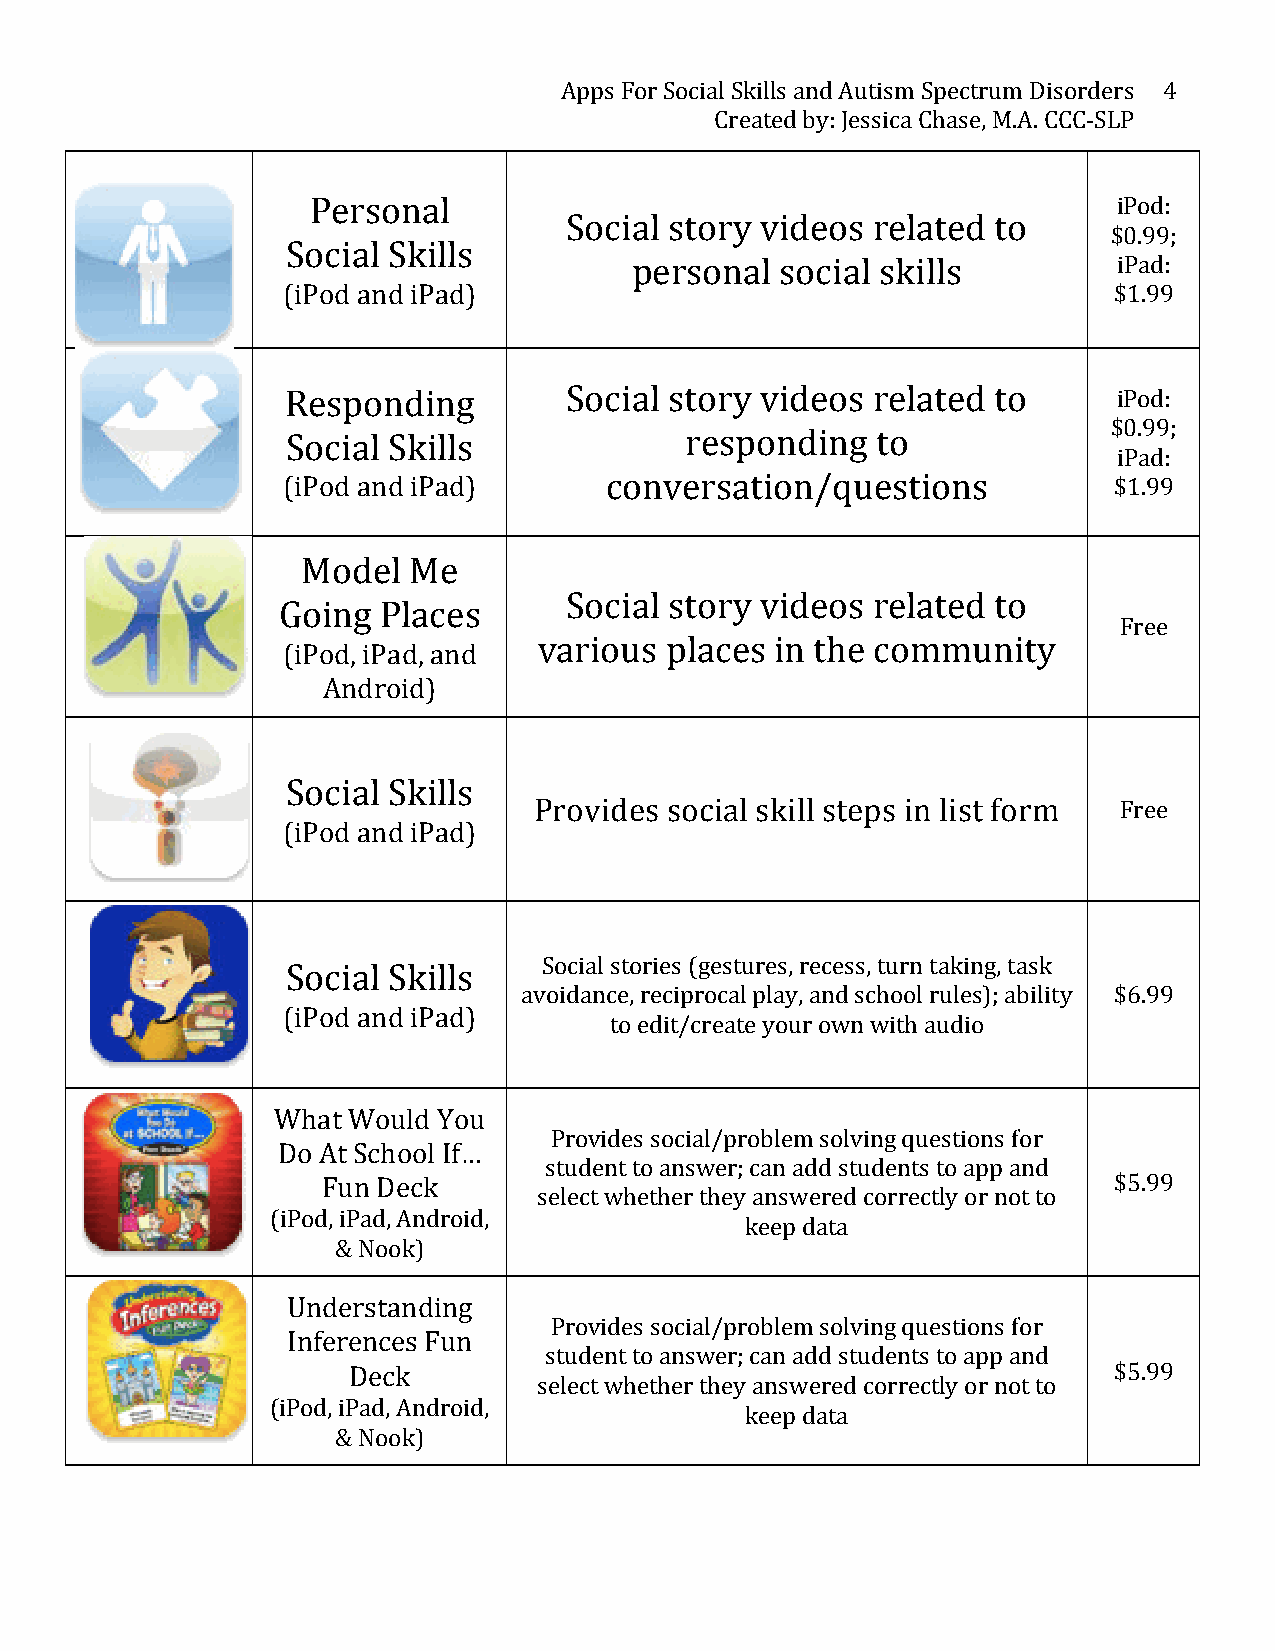
Apps For Social Skills and Autism Spectrum Disorders 4
 Created by: Jessica Chase, M.A. CCC-­‐SLP
 Personal                                              iPod:
 Social story videos  related to
 $0.99;
 Social Skills
 personal  social skills         iPad:
 (iPod and iPad)                                        $1.99
 Responding        Social story videos  related to      iPod:
 $0.99;
 Social Skills             responding   to
 iPad:
 (iPod and iPad)      conversation/questions            $1.99
 Model  Me
 Social story videos  related to
 Going  Places
 Free
 various places in the community
 (iPod, iPad, and
 Android)
 Social Skills
 Provides social skill steps in list form Free
 (iPod and iPad)
 Social stories (gestures, recess, turn taking, task
 Social Skills
 avoidance, reciprocal play, and school rules); ability $6.99
 (iPod and iPad)
 to edit/create your own with audio
 What Would You
 Provides social/problem solving questions for
 Do At School If…
 student to answer; can add students to app and
 Fun Deck                                             $5.99
 select whether they answered correctly or not to
 (iPod, iPad, Android,
 keep data
 & Nook)
 Understanding
 Provides social/problem solving questions for
 Inferences Fun
 student to answer; can add students to app and
 Deck                                               $5.99
 select whether they answered correctly or not to
 (iPod, iPad, Android,
 keep data
 & Nook)